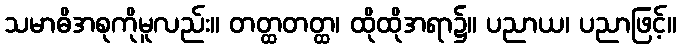
သမာဓိအစုကိုမူလည်း။ တတ္ထတတ္ထ၊ ထိုထိုအရာ၌။ ပညာယ၊ ပညာဖြင့်။